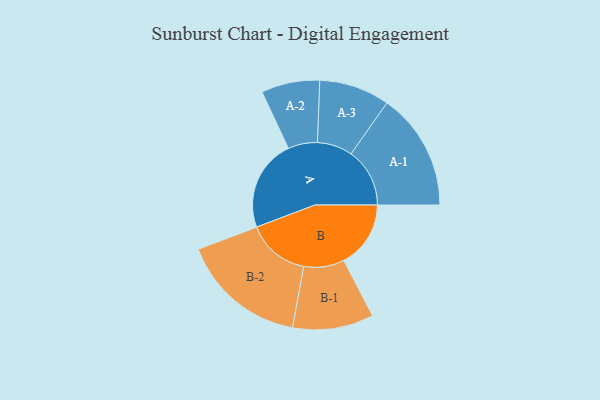
{"axis": {"x": "Segment", "y": "Value"}, "legend": ["", "A", "B"], "data": [{"x": "A", "y": 423, "type": ""}, {"x": "B", "y": 309, "type": ""}, {"x": "A-1", "y": 271, "type": "A"}, {"x": "A-2", "y": 135, "type": "A"}, {"x": "A-3", "y": 163, "type": "A"}, {"x": "B-1", "y": 187, "type": "B"}, {"x": "B-2", "y": 291, "type": "B"}]}